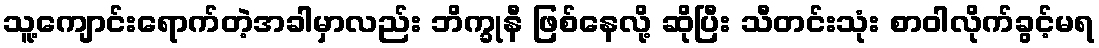
သူ့ကျောင်းရောက်တဲ့အခါမှာလည်း ဘိက္ခုနီ ဖြစ်နေလို့ ဆိုပြီး သီတင်းသုံး စာဝါလိုက်ခွင့်မရ